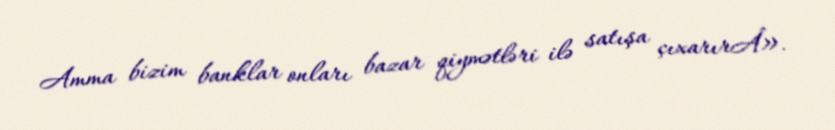
Amma bizim banklar onları bazar qiymətləri ilə satışa çıxarırÂ».